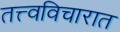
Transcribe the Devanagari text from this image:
तत्त्वविचारात